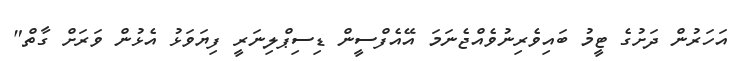
އަހަރުން ދަށުގެ ޓީމު ބައިވެރިނުވެއްޖެނަމަ އޭއެފްސީން ޑިސިޕްލިނަރީ ފިޔަވަޅު އެޅުން ވަރަށް ގާތް"